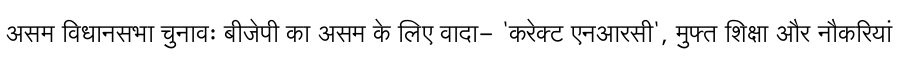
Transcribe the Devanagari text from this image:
असम विधानसभा चुनावः बीजेपी का असम के लिए वादा- 'करेक्ट एनआरसी', मुफ्त शिक्षा और नौकरियां